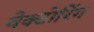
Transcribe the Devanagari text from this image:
वेक्टोरिंग